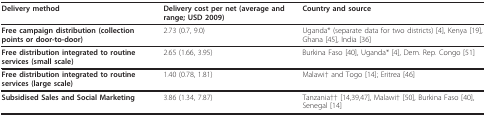
<table><thead><tr><td><b>Delivery method</b></td><td><b>Delivery cost per net (average and range; USD 2009)</b></td><td><b>Country and source</b></td></tr></thead><tbody><tr><td><b>Free campaign distribution (collection points or door-to-door)</b></td><td>2.73 (0.7, 9.0)</td><td>Uganda* (separate data for two districts) [4], Kenya [19], Ghana [45], India [36]</td></tr><tr><td><b>Free distribution integrated to routine services (small scale)</b></td><td>2.65 (1.66, 3.95)</td><td>Burkina Faso [40], Uganda* [4], Dem. Rep. Congo [51]</td></tr><tr><td><b>Free distribution integrated to routine services (large scale)</b></td><td>1.40 (0.78, 1.81)</td><td>Malawi† and Togo [14]; Eritrea [46]</td></tr><tr><td><b>Subsidised Sales and Social Marketing</b></td><td>3.86 (1.34, 7.87)</td><td>Tanzania†† [14,39,47], Malawi† [50], Burkina Faso [40], Senegal [14]</td></tr></tbody></table>